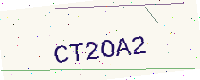
Text: CT2OA2